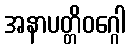
အနာပတ္တိဝဂ္ဂေါ